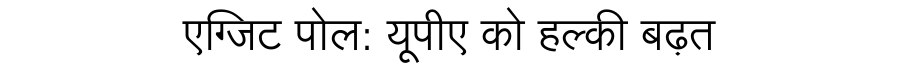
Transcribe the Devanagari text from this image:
एग्जिट पोल: यूपीए को हल्की बढ़त